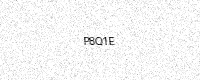
Text: P8Q1E